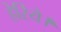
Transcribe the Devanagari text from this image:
हेरिये।